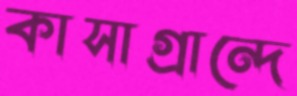
কাসাগ্রান্দে